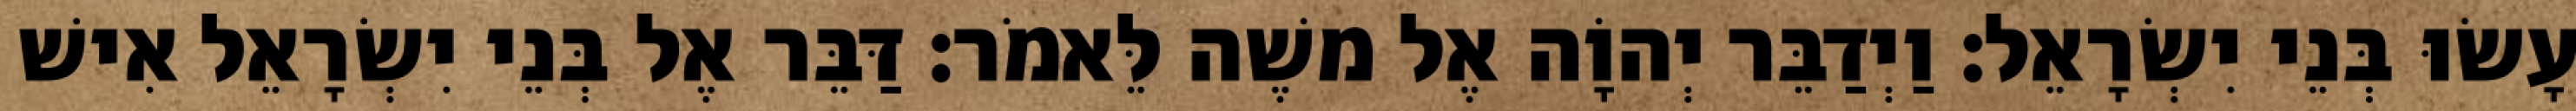
עָשׂוּ בְּנֵי יִשְׂרָאֵל׃ וַיְדַבֵּר יְהוָֹה אֶל משֶׁה לֵּאמֹר׃ דַּבֵּר אֶל בְּנֵי יִשְׂרָאֵל אִישׁ